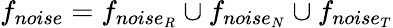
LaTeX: f_{noise}=f_{noise_{R}}\cup f_{noise_{N}}\cup f_{noise_{T}}